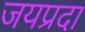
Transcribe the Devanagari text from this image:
जयप्रदा